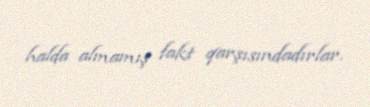
halda almamış fakt qarşısındadırlar.